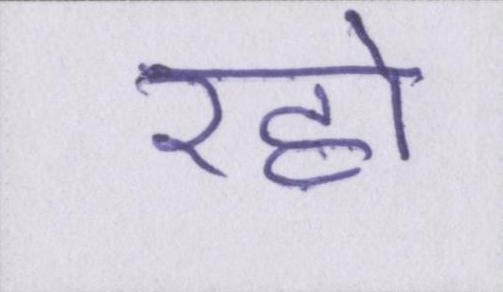
रहो